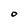
Character: 0